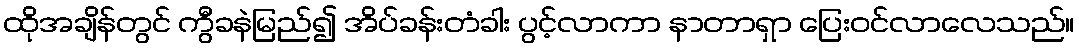
ထိုအချိန်တွင် ကွီခနဲမြည်၍ အိပ်ခန်းတံခါး ပွင့်လာကာ နာတာရှာ ပြေးဝင်လာလေသည်။